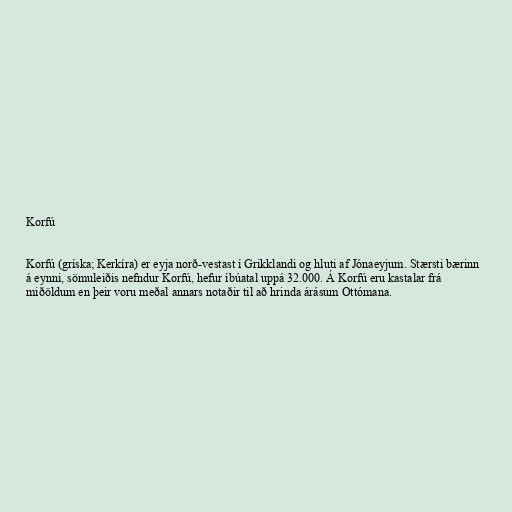
Korfú

Korfú (gríska; Kerkíra) er eyja norð-vestast í Grikklandi og hluti af Jónaeyjum. Stærsti bærinn
á eynni, sömuleiðis nefndur Korfú, hefur íbúatal uppá 32.000. Á Korfú eru kastalar frá
miðöldum en þeir voru meðal annars notaðir til að hrinda árásum Ottómana.